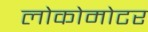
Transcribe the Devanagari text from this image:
लोकोमोटर